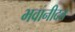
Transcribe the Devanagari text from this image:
भवानीदत्त